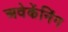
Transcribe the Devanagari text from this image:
अवेकेंनिंग